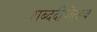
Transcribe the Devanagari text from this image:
शब्ददीपोत्सव